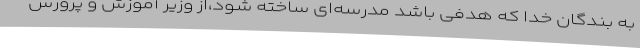
به بندگان خدا که هدفی باشد مدرسه‌ای ساخته شود،از وزیر آموزش و پرورش